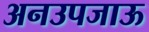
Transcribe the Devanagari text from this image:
अनउपजाऊ